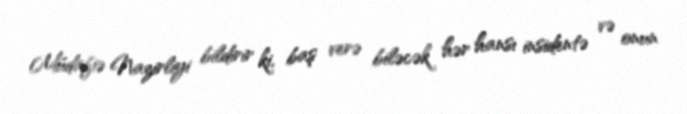
Müdafiə Nazirliyi bildirir ki, baş verə biləcək hər hansı insidentə və onun